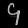
Digit: ၄